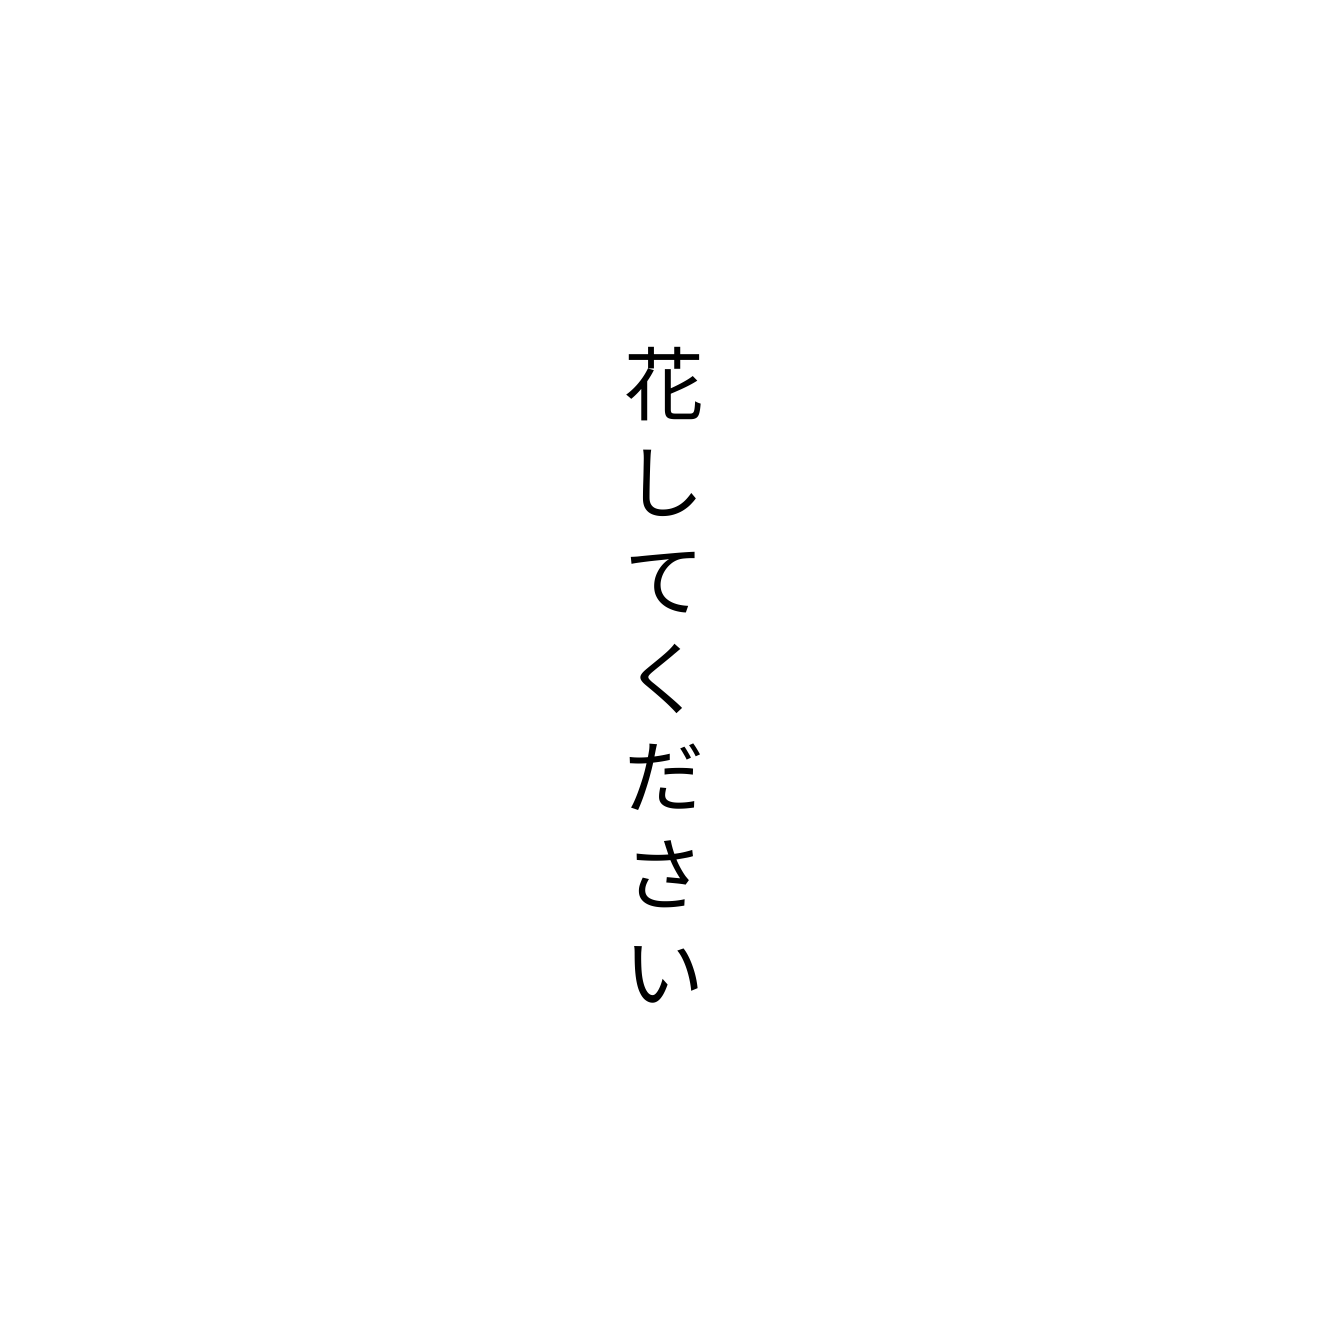
花してください